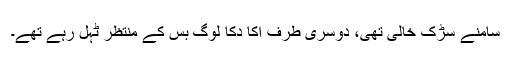
سامنے سڑک خالی تھی، دوسری طرف اکا دکا لوگ بس کے منتظر ٹہل رہے تھے۔